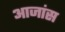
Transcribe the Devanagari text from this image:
आजांस